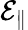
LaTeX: \mathcal{E}_{\| }